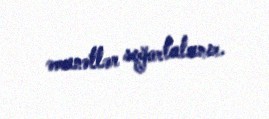
əmanətlər sığortalanır.